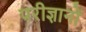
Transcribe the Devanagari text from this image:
परीज्ञानों